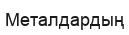
Металдардың